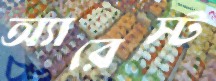
অ্যারেস্ট